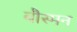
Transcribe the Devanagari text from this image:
बौस्मन